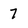
Character: 7